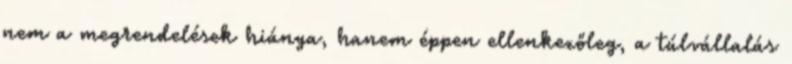
nem a megrendelések hiánya, hanem éppen ellenkezőleg, a túlvállalás